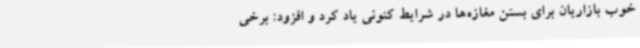
خوب بازاریان برای بستن مغازه‌ها در شرایط کنونی یاد کرد و افزود: برخی